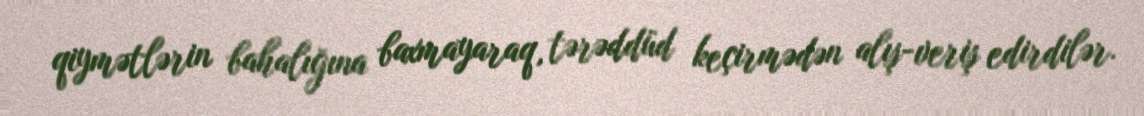
qiymətlərin bahalığına baxmayaraq, tərəddüd keçirmədən alış-veriş edirdilər.